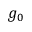
g _ { 0 }